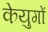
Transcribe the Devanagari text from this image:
केयुगों